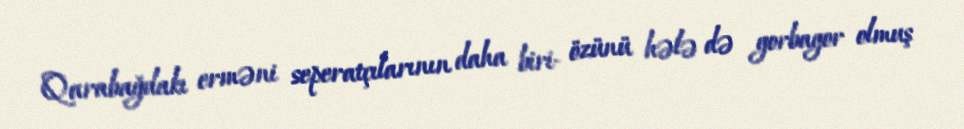
Qarabağdakı erməni seperatçılarının daha biri- özünü hələ də gorbagor olmuş